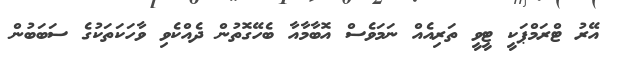
އޭރު ޓްރަމްޕަކީ ޓީވީ ތަރިއެއް ނަމަވެސް އޮބާމާއާ ބެހޭގޮތުން ދެއްކެވި ވާހަކަތަކުގެ ސަބަބުން